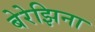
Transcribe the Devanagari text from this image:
बेरेझिना